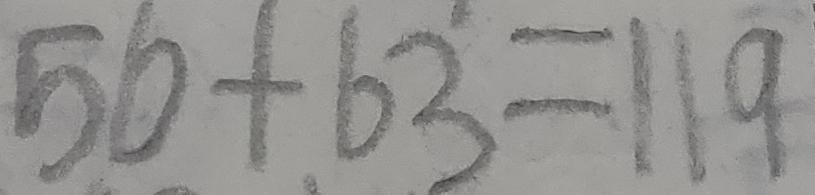
5 6 + 6 3 = 1 1 9